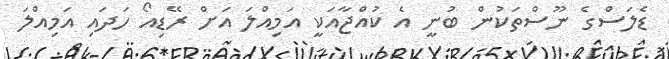
ޑެލަސްގެ ނޫސްތަކުން ބުނީ އެ ކުއްޖާއަކީ އަމިއްލަ އަށް ރޭޑިއޯ ހަދައި އަމިއްލަ